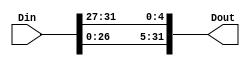
module LEA_ROL5(Din,Dout);

input [31:0] Din;
output [31:0] Dout;

assign Dout[31:0] = {Din[26:0], Din[31:27]};

endmodule